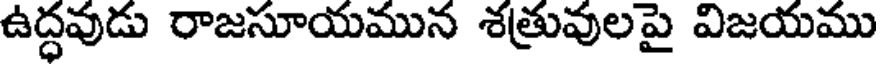
ఉద్ధవుడు రాజసూయమున శత్రువులపై విజయము